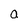
Character: a